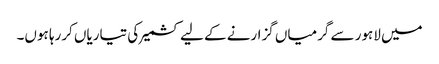
میں لاہور سے گرمیاں گزارنے کے لیے کشمیر کی تیاریاں کررہا ہوں۔